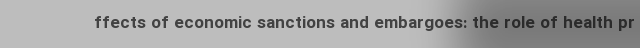
ffects of economic sanctions and embargoes: the role of health pr